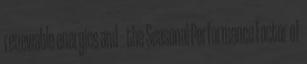
renewable energies and – the Seasonal Performance Factor of